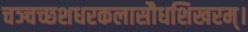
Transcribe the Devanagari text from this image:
चञ्चच्छशधरकलासौधशिखरम्।